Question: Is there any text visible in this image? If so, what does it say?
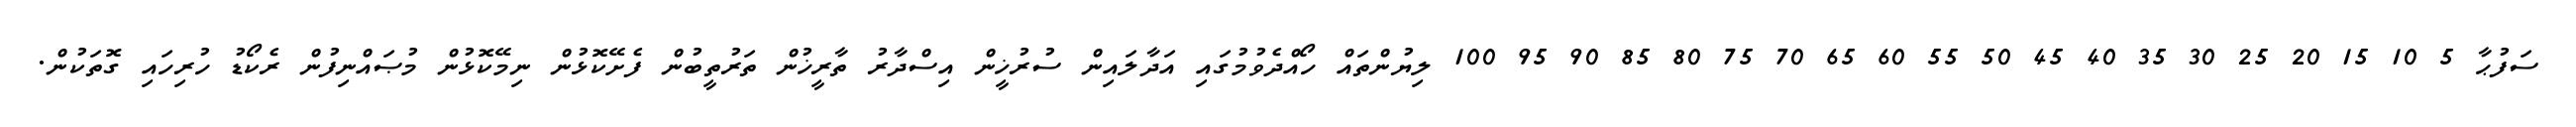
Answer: ސަފުޙާ 5 10 15 20 25 30 35 40 45 50 55 60 65 70 75 80 85 90 95 100 ލިޔުންތައް ހޯއްދެވުމުގައި އަދާލައިން ސުރުޚީން އިސްދާރު ތާރީޚުން ތަރުތީބުން ފެށޭކޮޅުން ނިމޭކޮޅުން މުޞައްނިފުން ރެކޯޑު ހުރިހައި ގޮތަކުން.